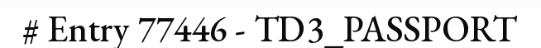
# Entry 77446 - TD3_PASSPORT